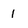
Character: 1